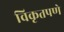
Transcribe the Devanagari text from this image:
विकृतपणे